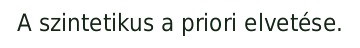
A szintetikus a priori elvetése.